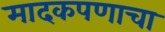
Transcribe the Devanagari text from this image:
मादकपणाचा